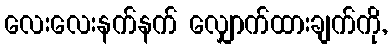
လေးလေးနက်နက် လျှောက်ထားချက်ကို,